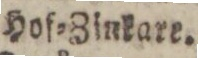
Hof=Zinkart.